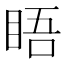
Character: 𥆐